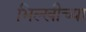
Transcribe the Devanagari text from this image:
भिल्खीच्या